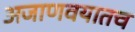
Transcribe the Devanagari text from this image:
अजाणवयातच